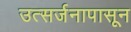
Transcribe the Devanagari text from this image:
उत्सर्जनापासून